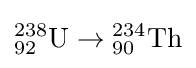
{}_{92}^{238}{\text{U}}\to {}_{90}^{234}{\text{Th}}